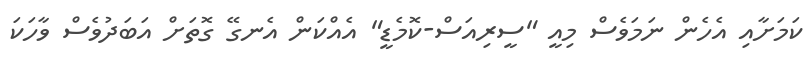
ކަމަށާއި އެހެން ނަމަވެސް މިއީ "ސީރިއަސް-ކޮމެޑީ" އެއްކަން އެނގޭ ގޮތަށް އަބަދުވެސް ވާހަކަ